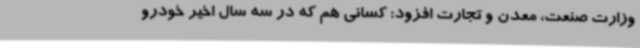
وزارت صنعت، معدن و تجارت افزود: کسانی هم که در سه سال اخیر خودرو